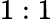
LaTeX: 1:1